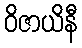
ဝိဇာယိနီ